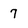
Character: 7